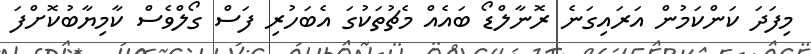
މިފަދަ ކަންކަމުން އަރައިގަނެ ރޮނާލްޑޯ ބައެއް މެޗުތަކުގަ އެބަހުރި ފަސް ގޯލްވެސް ކާމިޔާބުކޮށްފަ